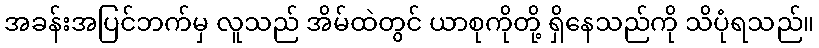
အခန်းအပြင်ဘက်မှ လူသည် အိမ်ထဲတွင် ယာစုကိုတို့ ရှိနေသည်ကို သိပုံရသည်။